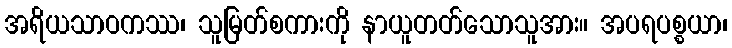
အရိယသာဝကဿ၊ သူမြတ်စကားကို နာယူတတ်သောသူအား။ အပရပစ္စယာ၊